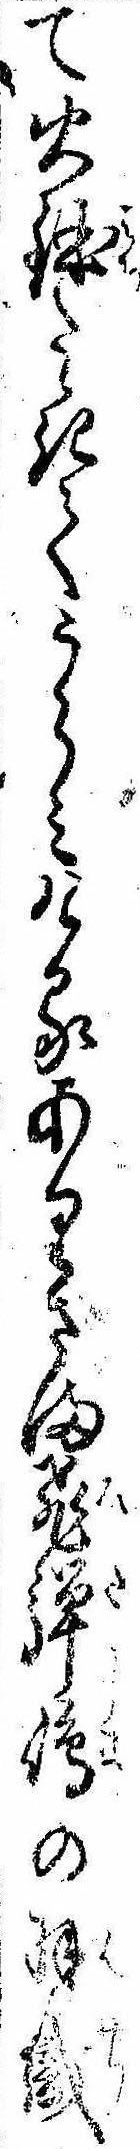
て火鉢たゝきてうらみけるありさま飛騨島の羽織